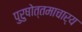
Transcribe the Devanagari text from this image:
पुरुषोत्तमाचार्य